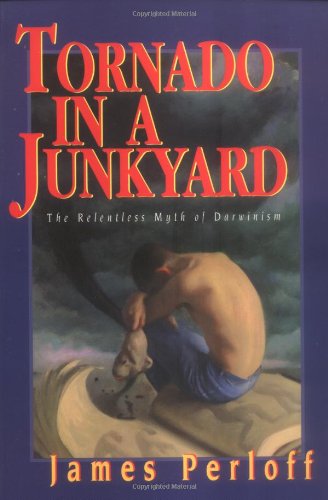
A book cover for Tornado in a Junkyard: The Relentless Myth of Darwinism; James Perloff; Christian Books & Bibles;